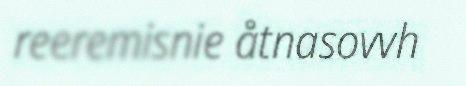
reeremisnie åtnasovvh